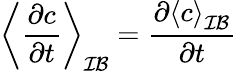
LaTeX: \left\langle\frac{\partial c}{\partial t}\right\rangle_{\mathcal{IB}}=\frac{\partial\left\langle c\right\rangle_{\mathcal{IB}}}{\partial t}